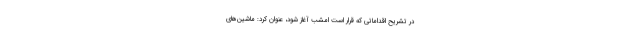
در تشریح اقداماتی که قرار است امشب آغاز شود، عنوان کرد: ماشین‌های